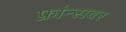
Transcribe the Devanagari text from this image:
फ्रांन्सवर